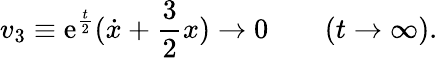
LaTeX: v_{3}\equiv\mathrm{e}^{\frac{{t}}{{2}}}({\dot{{x}}}+{\frac{{3}}{{2}}}x)\rightarrow0\qquad(t\rightarrow\infty).